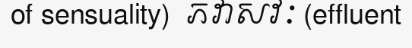
of sensuality)  ភវាសវៈ (effluent